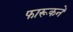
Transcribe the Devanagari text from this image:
फारूकने